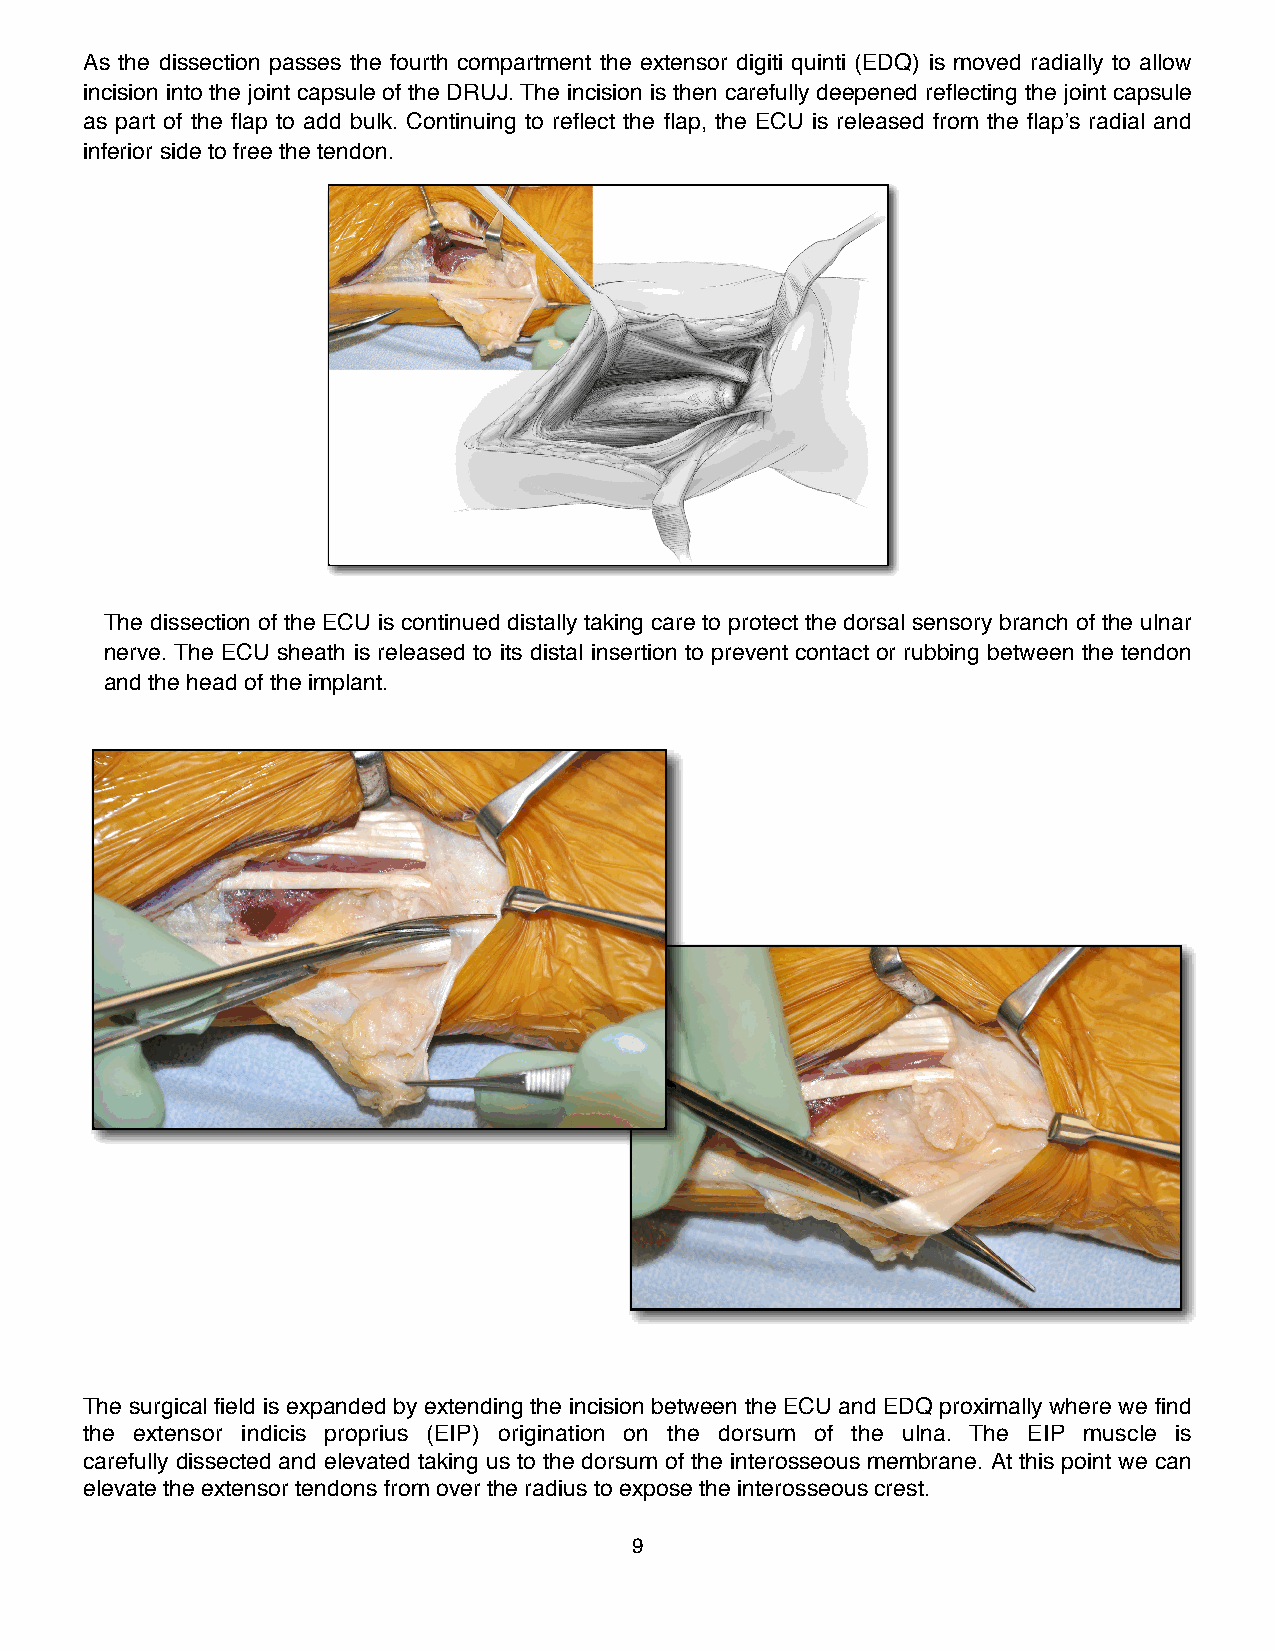
As the dissection passes the fourth compartment the extensor digiti quinti (EDQ) is moved radially to allow
 incision into the joint capsule of the DRUJ. The incision is then carefully deepened reflecting the joint capsule
 as part of the flap to add bulk. Continuing to reflect the flap, the ECU is released from the flap’s radial and
 inferior side to free the tendon.
 !
 The dissection of the ECU is continued distally taking care to protect the dorsal sensory branch of the ulnar
 nerve. The ECU sheath is released to its distal insertion to prevent contact or rubbing between the tendon
 and the head of the implant.
 !
 The surgical field is expanded by extending the incision between the ECU and EDQ proximally where we find
 the extensor indicis proprius (EIP) origination on the dorsum of the ulna. The EIP muscle is
 carefully dissected and elevated taking us to the dorsum of the interosseous membrane. At this point we can
 elevate the extensor tendons from over the radius to expose the interosseous crest.
 9